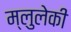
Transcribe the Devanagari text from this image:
म्लुलेकी